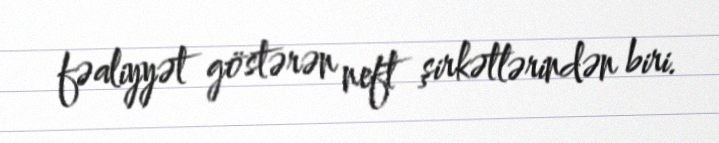
fəaliyyət göstərən neft şirkətlərindən biri.